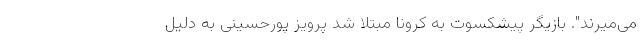
می‌میرند". بازیگر پیشکسوت به کرونا مبتلا شد پرویز پورحسینی به دلیل